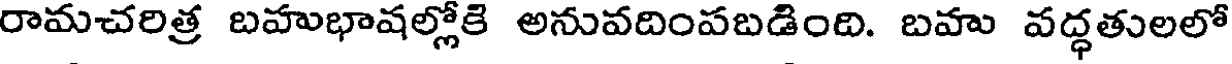
రామచరిత్ర బహుభాషల్లోకి అనువదింపబడింది. బహు వద్ధతులలో